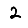
Digit: 2